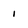
Character: i